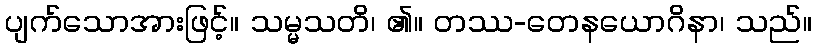
ပျက်သောအားဖြင့်။ သမ္မသတိ၊ ၏။ တဿ-တေနယောဂိနာ၊ သည်။